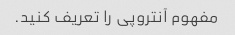
مفهوم آنتروپی را تعریف کنید.